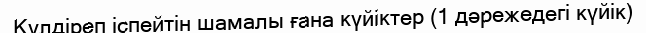
Күлдіреп іспейтін шамалы ғана күйіктер (1 дәрежедегі күйік)